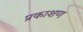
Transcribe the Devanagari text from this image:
प्रकाशण